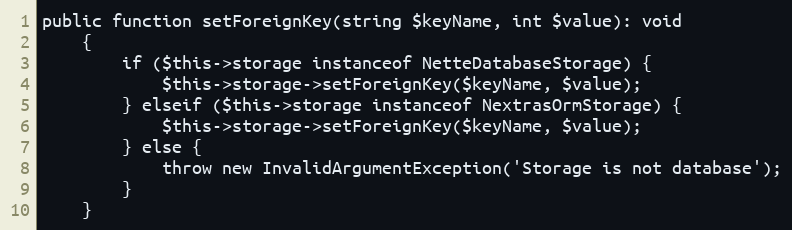
Language: PHP
public function setForeignKey(string $keyName, int $value): void
	{
		if ($this->storage instanceof NetteDatabaseStorage) {
			$this->storage->setForeignKey($keyName, $value);
		} elseif ($this->storage instanceof NextrasOrmStorage) {
			$this->storage->setForeignKey($keyName, $value);
		} else {
			throw new InvalidArgumentException('Storage is not database');
		}
	}